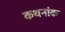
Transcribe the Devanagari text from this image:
कथनांक